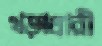
খড়্গধারী